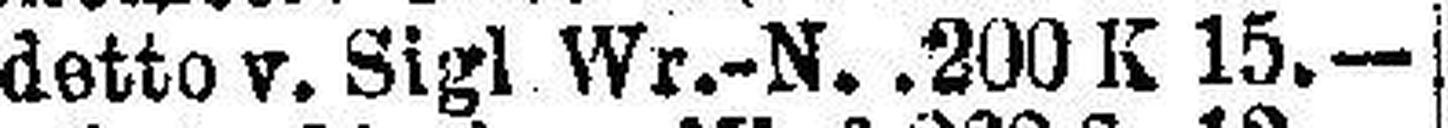
detto v. Sigl Wr.-N. 200 K 15.—